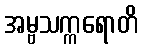
အမ္ဗသက္ကရောတိ